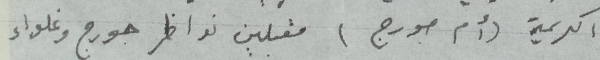
الكريمة (أم جورج) مقبلين نواظر جورج وغلواء